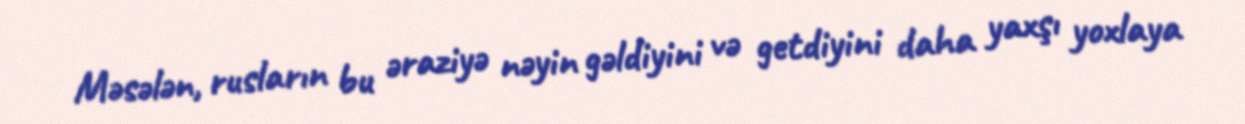
Məsələn, rusların bu əraziyə nəyin gəldiyini və getdiyini daha yaxşı yoxlaya